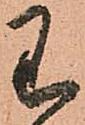
わ